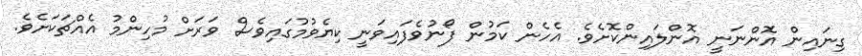
ގިނައިން އޮންނަނީ އޮންލައިންކޮށެވެ. އެހެން ކަމުން ފޯނުވެފައިވަނީ ކިޔެވުމުގައިވެސް ވަރަށް މުހިންމު އެއްޗަކަށެވެ.